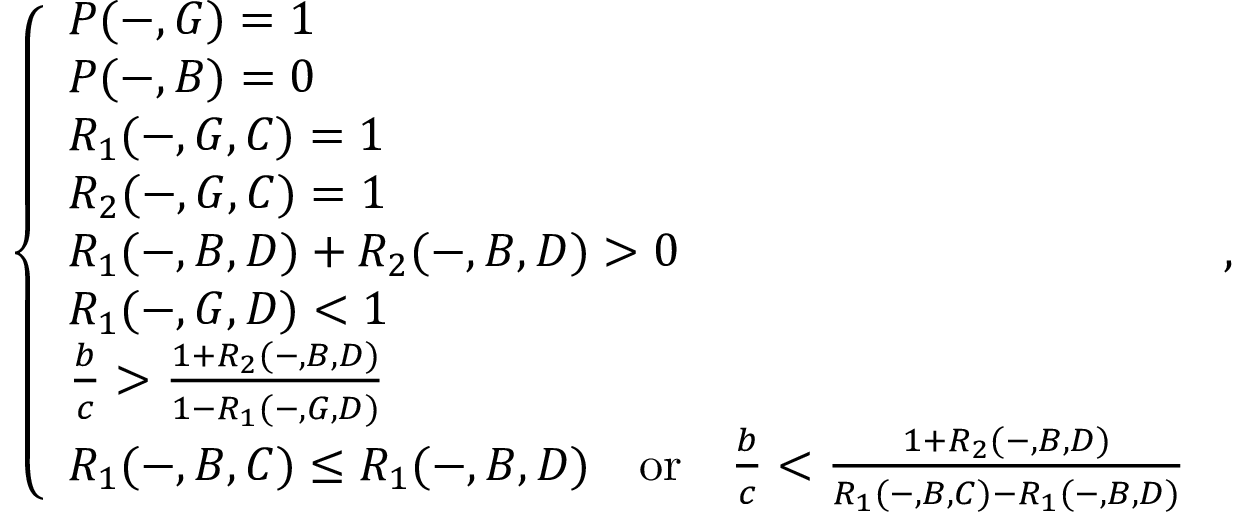
\left\{ \begin{array} { l l } { P ( - , G ) = 1 } \\ { P ( - , B ) = 0 } \\ { R _ { 1 } ( - , G , C ) = 1 } \\ { R _ { 2 } ( - , G , C ) = 1 } \\ { R _ { 1 } ( - , B , D ) + R _ { 2 } ( - , B , D ) > 0 } \\ { R _ { 1 } ( - , G , D ) < 1 } \\ { \frac { b } { c } > \frac { 1 + R _ { 2 } ( - , B , D ) } { 1 - R _ { 1 } ( - , G , D ) } } \\ { R _ { 1 } ( - , B , C ) \leq R _ { 1 } ( - , B , D ) { \quad \mathrm { o r } \quad } \frac { b } { c } < \frac { 1 + R _ { 2 } ( - , B , D ) } { R _ { 1 } ( - , B , C ) - R _ { 1 } ( - , B , D ) } } \end{array} \right. ,